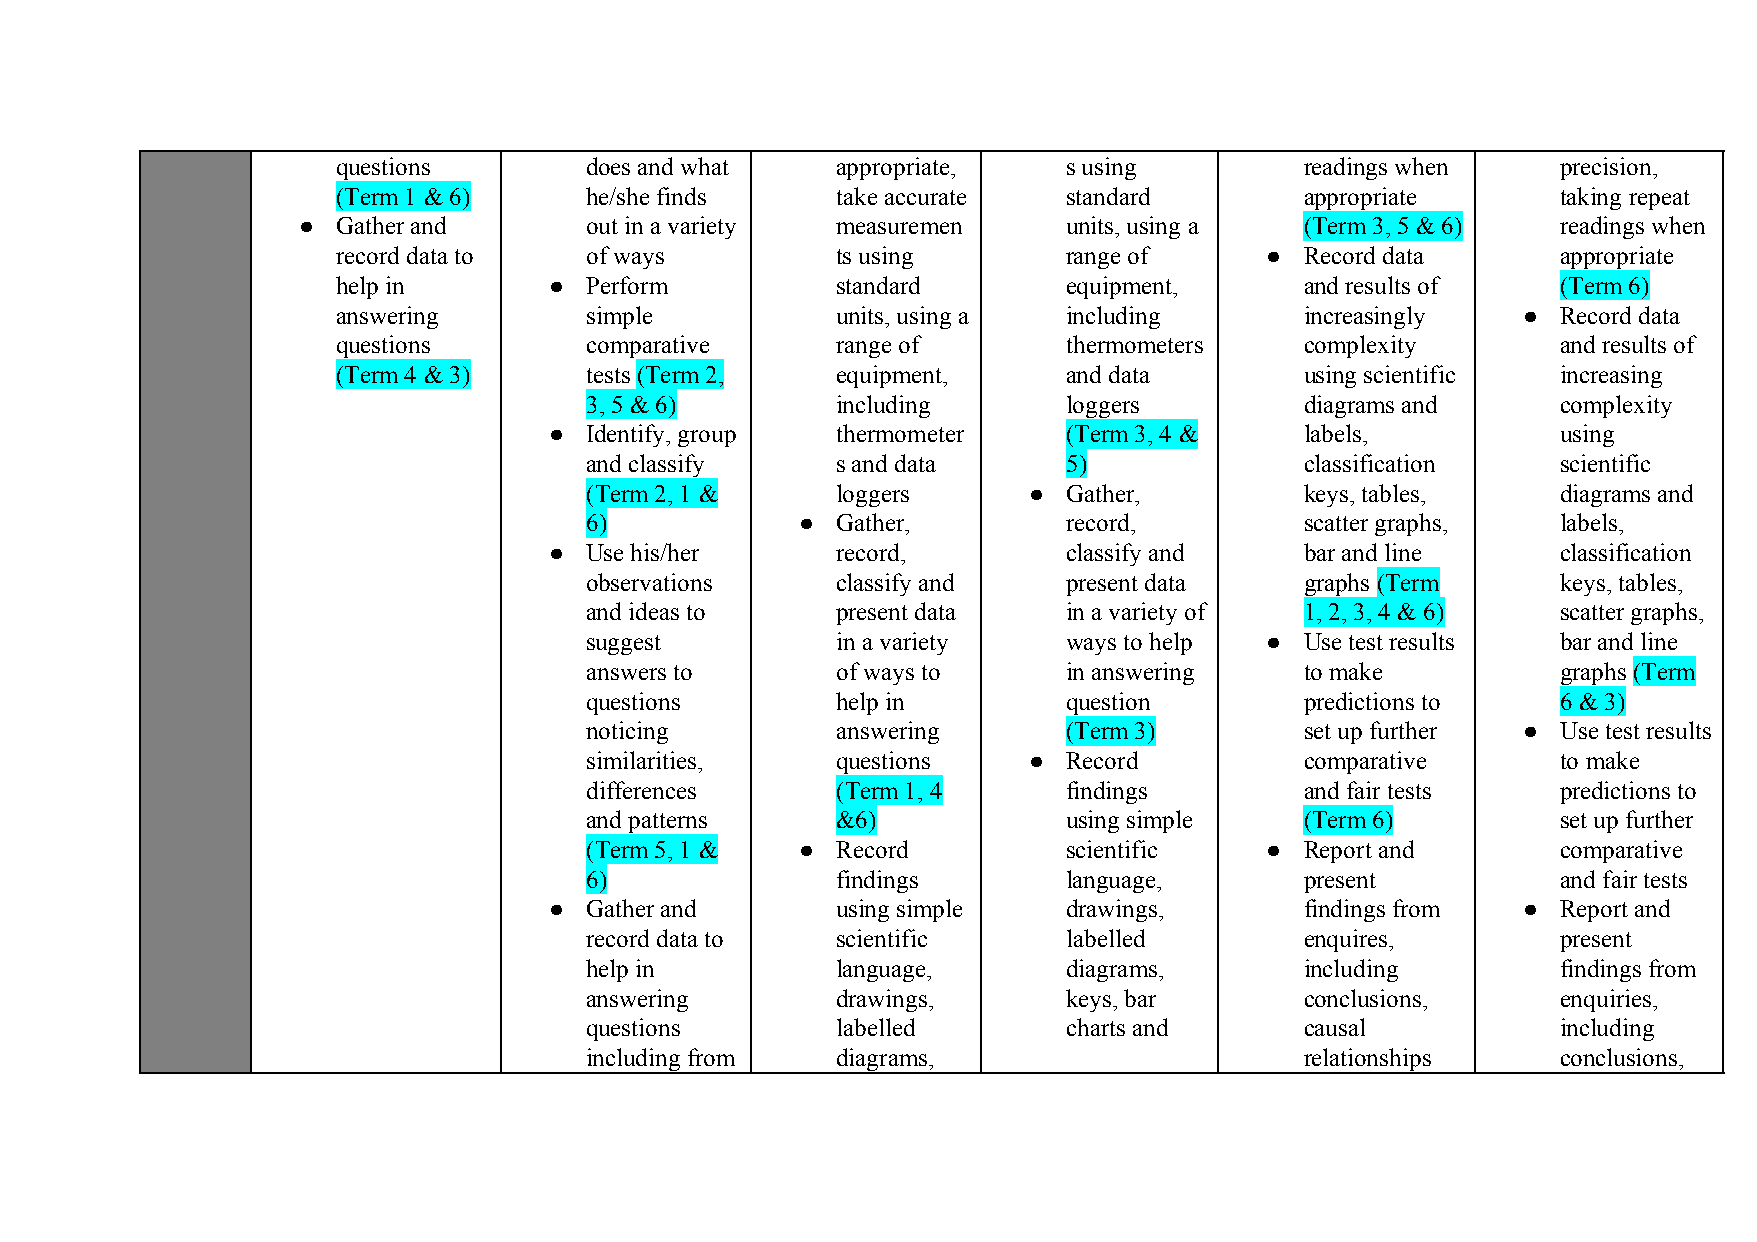
questions        does and what   appropriate,    s using        readings when    precision,
 (Term 1 & 6)     he/she finds    take accurate   standard       appropriate      taking repeat
 ● Gather and       out in a variety measuremen     units, using a (Term 3, 5 & 6)  readings when
 record data to   of ways         ts using        range of     ● Record data      appropriate
 help in       ●  Perform         standard        equipment,     and results of   (Term 6)
 answering        simple          units, using a  including      increasingly   ● Record data
 questions        comparative     range of        thermometers   complexity       and results of
 (Term 4 & 3)     tests (Term 2,  equipment,      and data       using scientific increasing
 ​
 3, 5 & 6)       including       loggers        diagrams and     complexity
 ●  Identify, group thermometer     (Term 3, 4 &   labels,          using
 and classify    s and data      5)             classification   scientific
 (Term 2, 1 &    loggers      ●  Gather,        keys, tables,    diagrams and
 6)            ● Gather,         record,        scatter graphs,  labels,
 ●  Use his/her     record,         classify and   bar and line     classification
 observations    classify and    present data   graphs (Term     keys, tables,
 ​
 and ideas to    present data    in a variety of 1, 2, 3, 4 & 6) scatter graphs,
 suggest         in a variety    ways to help ● Use test results bar and line
 answers to      of ways to      in answering   to make          graphs (Term
 ​
 questions       help in         question       predictions to   6 & 3)
 noticing        answering       (Term 3)       set up further ● Use test results
 similarities,   questions    ●  Record         comparative      to make
 differences     (Term 1, 4      findings       and fair tests   predictions to
 and patterns    &6)             using simple   (Term 6)         set up further
 (Term 5, 1 &  ● Record          scientific   ● Report and       comparative
 6)              findings        language,      present          and fair tests
 ●  Gather and      using simple    drawings,      findings from  ● Report and
 record data to  scientific      labelled       enquires,        present
 help in         language,       diagrams,      including        findings from
 answering       drawings,       keys, bar      conclusions,     enquiries,
 questions       labelled        charts and     causal           including
 including from  diagrams,                      relationships    conclusions,